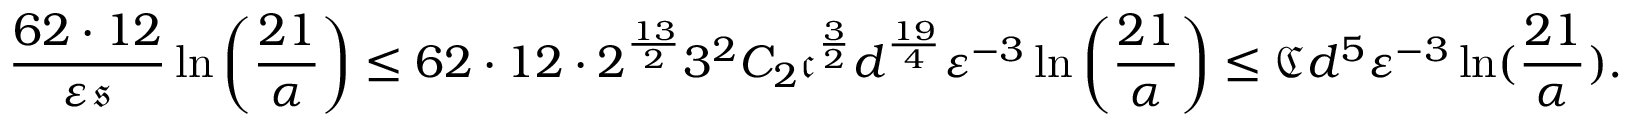
\frac { 6 2 \cdot 1 2 } { { \varepsilon } \mathfrak { s } } \ln \left( \frac { 2 1 } { \alpha } \right) \leq 6 2 \cdot 1 2 \cdot 2 ^ { \frac { 1 3 } { 2 } } 3 ^ { 2 } C _ { 2 } \mathfrak { c } ^ { \frac { 3 } { 2 } } d ^ { \frac { 1 9 } { 4 } } { \varepsilon } ^ { - 3 } \ln \left( \frac { 2 1 } { \alpha } \right) \leq \mathfrak { C } d ^ { 5 } { \varepsilon } ^ { - 3 } \ln ( \frac { 2 1 } { \alpha } ) .